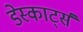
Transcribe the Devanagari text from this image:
डेस्कार्ट्स